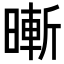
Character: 𣊙